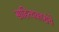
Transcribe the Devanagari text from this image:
साहित्यकारांचे